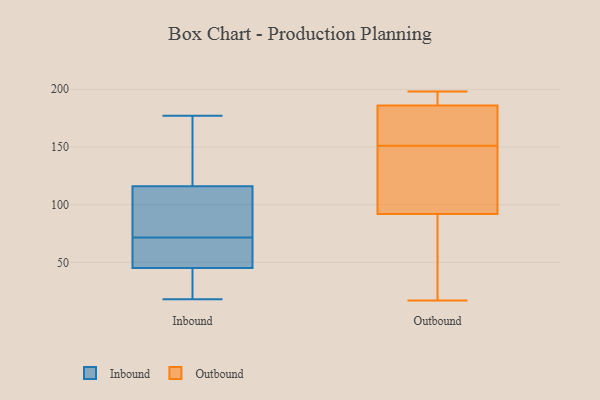
{"axis": {"x": "Bounce Rate (%)", "y": "Value"}, "legend": ["Inbound", "Outbound"], "data": [{"x": "", "y": 47, "type": "Inbound"}, {"x": "", "y": 160, "type": "Inbound"}, {"x": "", "y": 116, "type": "Inbound"}, {"x": "", "y": 90, "type": "Inbound"}, {"x": "", "y": 18, "type": "Inbound"}, {"x": "", "y": 45, "type": "Inbound"}, {"x": "", "y": 98, "type": "Inbound"}, {"x": "", "y": 20, "type": "Inbound"}, {"x": "", "y": 177, "type": "Inbound"}, {"x": "", "y": 53, "type": "Inbound"}, {"x": "", "y": 17, "type": "Outbound"}, {"x": "", "y": 153, "type": "Outbound"}, {"x": "", "y": 190, "type": "Outbound"}, {"x": "", "y": 186, "type": "Outbound"}, {"x": "", "y": 23, "type": "Outbound"}, {"x": "", "y": 198, "type": "Outbound"}, {"x": "", "y": 92, "type": "Outbound"}, {"x": "", "y": 176, "type": "Outbound"}, {"x": "", "y": 96, "type": "Outbound"}, {"x": "", "y": 149, "type": "Outbound"}]}